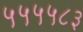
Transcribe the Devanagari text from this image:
५५५५८३